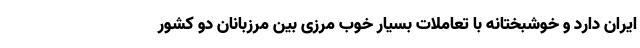
ایران دارد و خوشبختانه با تعاملات بسیار خوب مرزی بین مرزبانان دو کشور